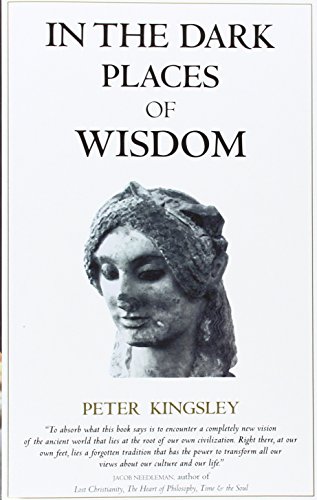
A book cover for In the Dark Places of Wisdom; Peter Kingsley; Politics & Social Sciences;